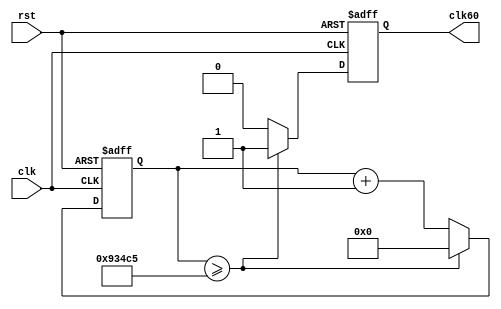
module Counter(clk, rst, clk60);

input clk, rst;
output reg clk60;

reg [25:0] tick;

always@(posedge clk or negedge rst)
begin
	if(rst == 1'b0)
	begin
		tick <= 26'd0;
		clk60 <= 1'b0;
	end
	else
	begin
		if (tick >= 26'd603333)
		begin
			tick <= 26'd0;
			clk60 <=1'b1;
		end
		
		else
		begin
			tick <= tick + 1'b1;
			clk60 <= 1'b0;
		end
end
end
endmodule